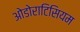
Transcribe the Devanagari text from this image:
ओडोराटिसियम